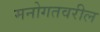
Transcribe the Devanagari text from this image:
मनोगतवरील